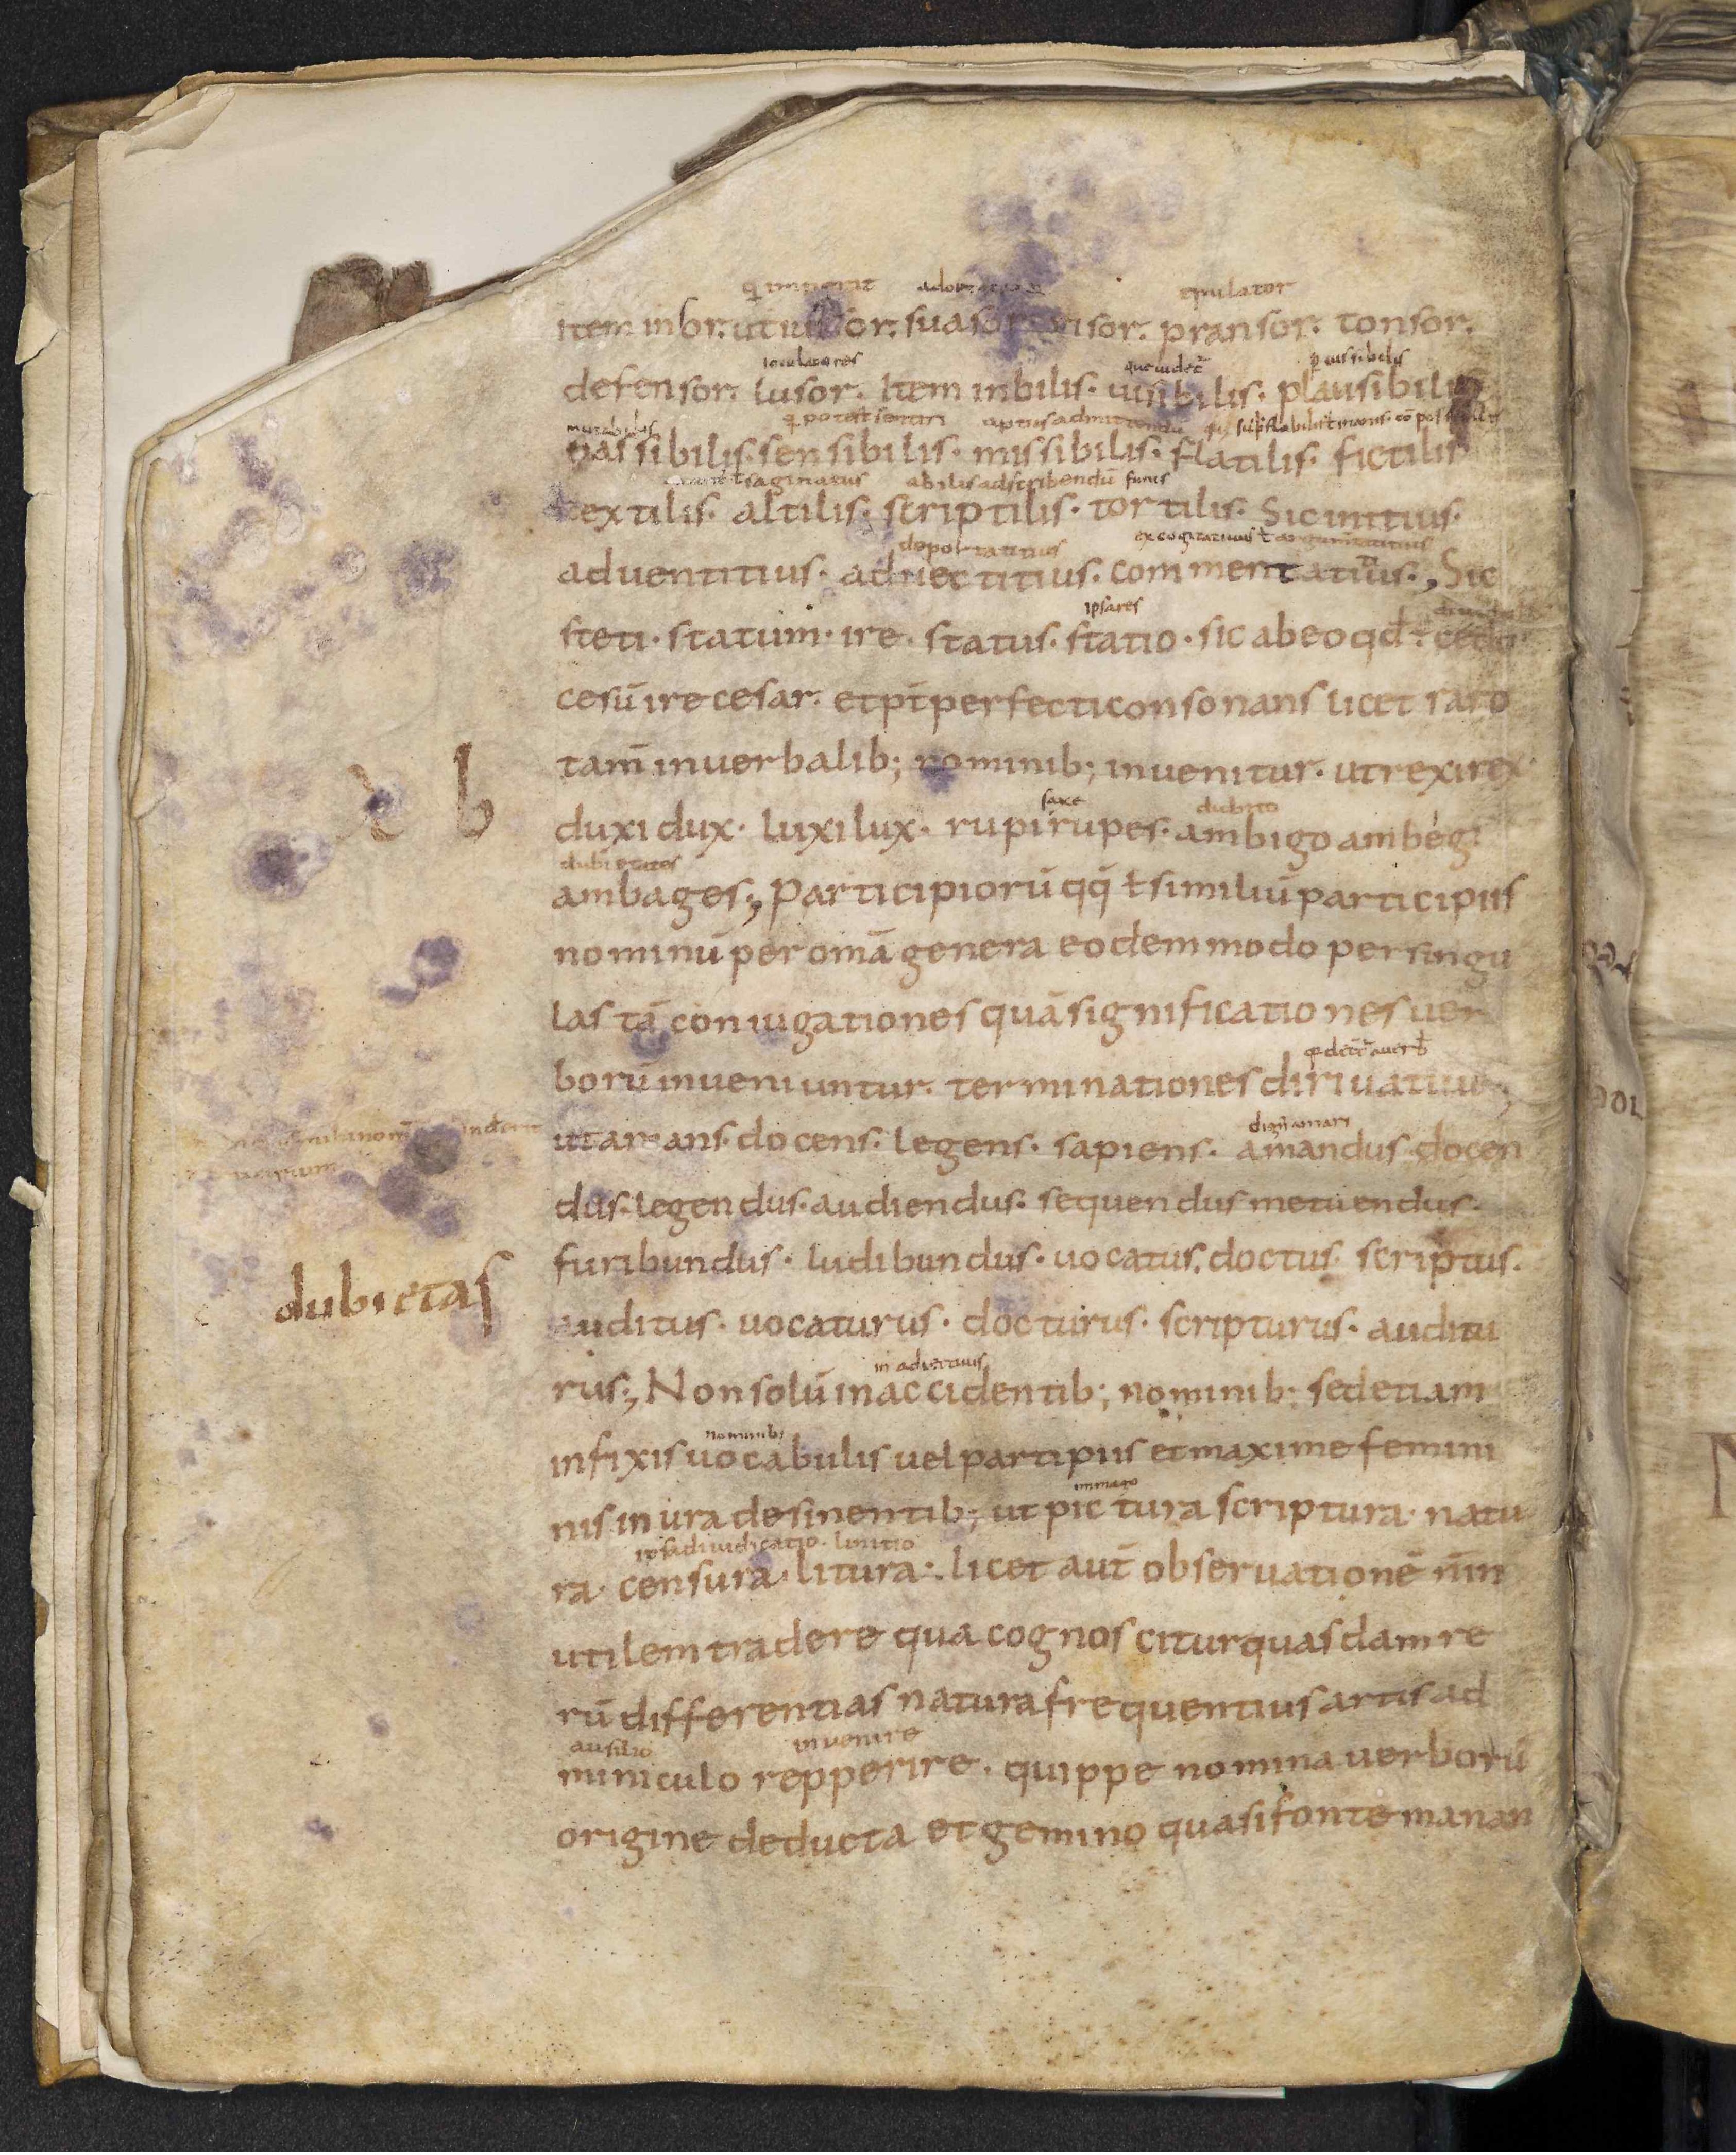
Shelfmark: Leiden, Bibliotheek der Rijksuniversiteit, Voss. Lat. O 41
Century: 9